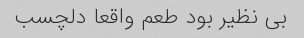
بی نظیر بود طعم واقعا دلچسب